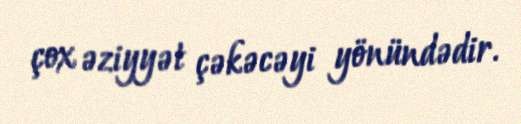
çox əziyyət çəkəcəyi yönündədir.